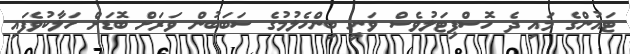
ޓައުންގެ މައި ދެ ހޮސްޕިޓަލުވެސް ވަނީ ބިންހެލުމުގެ ސަބަބުން ވަރަށް ބޮޑަށް ހަލާކުވެފައި